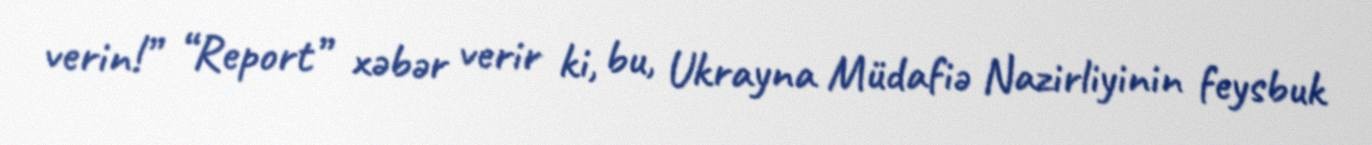
verin!” “Report” xəbər verir ki, bu, Ukrayna Müdafiə Nazirliyinin feysbuk